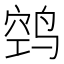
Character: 𱊊